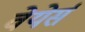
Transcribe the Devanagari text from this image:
वेयेर्स